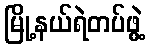
မြို့နယ်ရဲတပ်ဖွဲ့